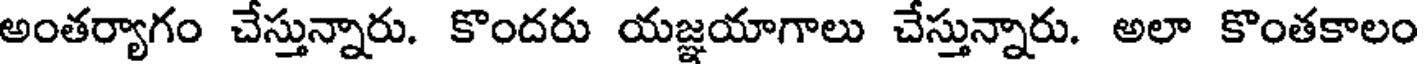
అంతర్యాగం చేస్తున్నారు. కొందరు యజ్ఞయాగాలు చేస్తున్నారు. అలా కొంతకాలం